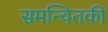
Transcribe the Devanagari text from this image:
समन्वितकी